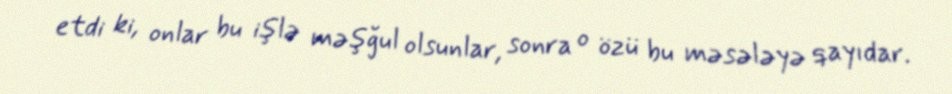
etdi ki, onlar bu işlə məşğul olsunlar, sonra o özü bu məsələyə qayıdar.